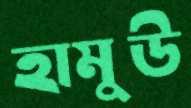
হামুউ